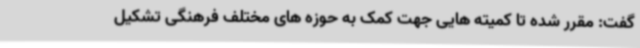
گفت: مقرر شده تا کمیته هایی جهت کمک به حوزه های مختلف فرهنگی تشکیل